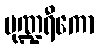
ပုဏ္ဍရီကော